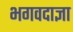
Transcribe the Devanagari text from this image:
भगवदाज्ञा